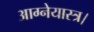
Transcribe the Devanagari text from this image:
आग्नेयास्त्र।